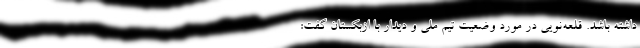
داشته باشد. قلعه‌نویی در مورد وضعیت تیم ملی و دیدار با ازبکستان گفت: